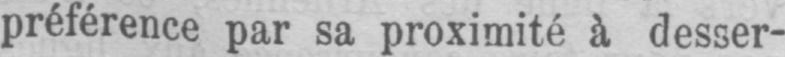
préférence par sa proximité à desser-